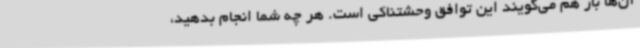
آن‌ها باز هم می‌گویند این توافق وحشتناکی است. هر چه شما انجام بدهید،